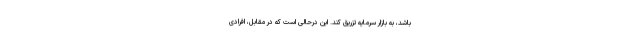
باشد، به بازار سرمایه تزریق کند. این درحالی است که در مقابل، افرادی